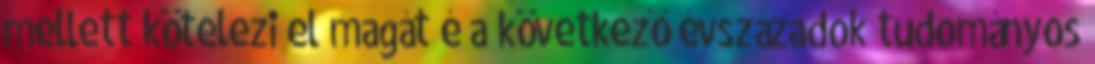
mellett kötelezi el magát é a következő évszázadok tudományos